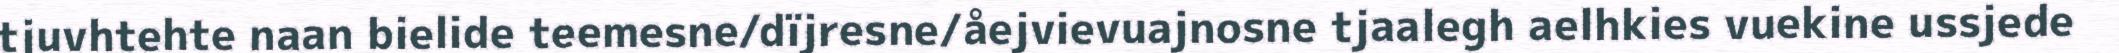
tjuvhtehte naan bielide teemesne/dïjresne/åejvievuajnosne tjaalegh aelhkies vuekine ussjede